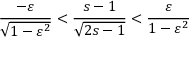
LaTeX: \frac { - \varepsilon } { \sqrt { 1 - \varepsilon ^ { 2 } } } < \frac { s - 1 } { \sqrt { 2 s - 1 } } < \frac { \varepsilon } { 1 - \varepsilon ^ { 2 } }